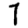
Digit: 7